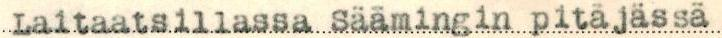
Laitaatsillassa Säämingin pitäjässä